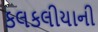
કલકલીયાની